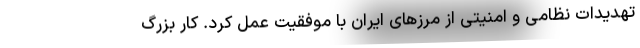
تهدیدات نظامی و امنیتی از مرزهای ایران با موفقیت عمل کرد. کار بزرگ